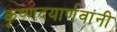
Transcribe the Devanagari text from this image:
कृष्णदयार्णवांनी